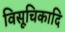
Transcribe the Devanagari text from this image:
विसूचिकादि